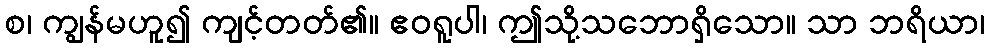
စ၊ ကျွန်မဟူ၍ ကျင့်တတ်၏။ ဧဝရူပါ၊ ဤသို့သဘောရှိသော။ သာ ဘရိယာ၊